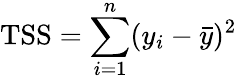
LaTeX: \mathrm{TSS}=\sum_{i=1}^{n}(y_{i}-{\bar{y}})^{2}